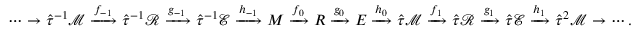
\cdots \to \hat { \tau } ^ { - 1 } \mathcal { M } \xrightarrow { f _ { - 1 } } \hat { \tau } ^ { - 1 } \mathcal { R } \xrightarrow { g _ { - 1 } } \hat { \tau } ^ { - 1 } \mathcal { E } \xrightarrow { h _ { - 1 } } M \xrightarrow { f _ { 0 } } R \xrightarrow { g _ { 0 } } E \xrightarrow { h _ { 0 } } \hat { \tau } \mathcal { M } \xrightarrow { f _ { 1 } } \hat { \tau } \mathcal { R } \xrightarrow { g _ { 1 } } \hat { \tau } \mathcal { E } \xrightarrow { h _ { 1 } } \hat { \tau } ^ { 2 } \mathcal { M } \to \cdots .